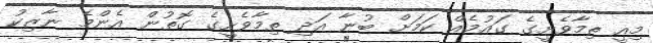
މިއީ ތިމާވެށީގެ ގައުމެއް ކަމަށް ބުނާ އަދި ތިމާވެށީގެ ގޮތުން އެންމެ ނާޒިކު